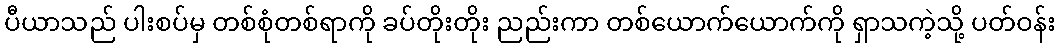
ပီယာသည် ပါးစပ်မှ တစ်စုံတစ်ရာကို ခပ်တိုးတိုး ညည်းကာ တစ်ယောက်ယောက်ကို ရှာသကဲ့သို့ ပတ်ဝန်း